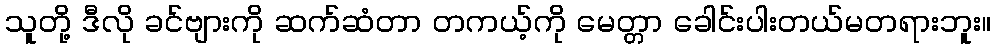
သူတို့ ဒီလို ခင်ဗျားကို ဆက်ဆံတာ တကယ့်ကို မေတ္တာ ခေါင်းပါးတယ်မတရားဘူး။